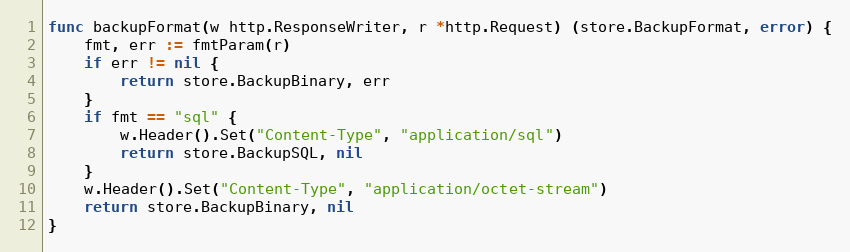
Language: Go
func backupFormat(w http.ResponseWriter, r *http.Request) (store.BackupFormat, error) {
	fmt, err := fmtParam(r)
	if err != nil {
		return store.BackupBinary, err
	}
	if fmt == "sql" {
		w.Header().Set("Content-Type", "application/sql")
		return store.BackupSQL, nil
	}
	w.Header().Set("Content-Type", "application/octet-stream")
	return store.BackupBinary, nil
}